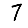
Digit: 7